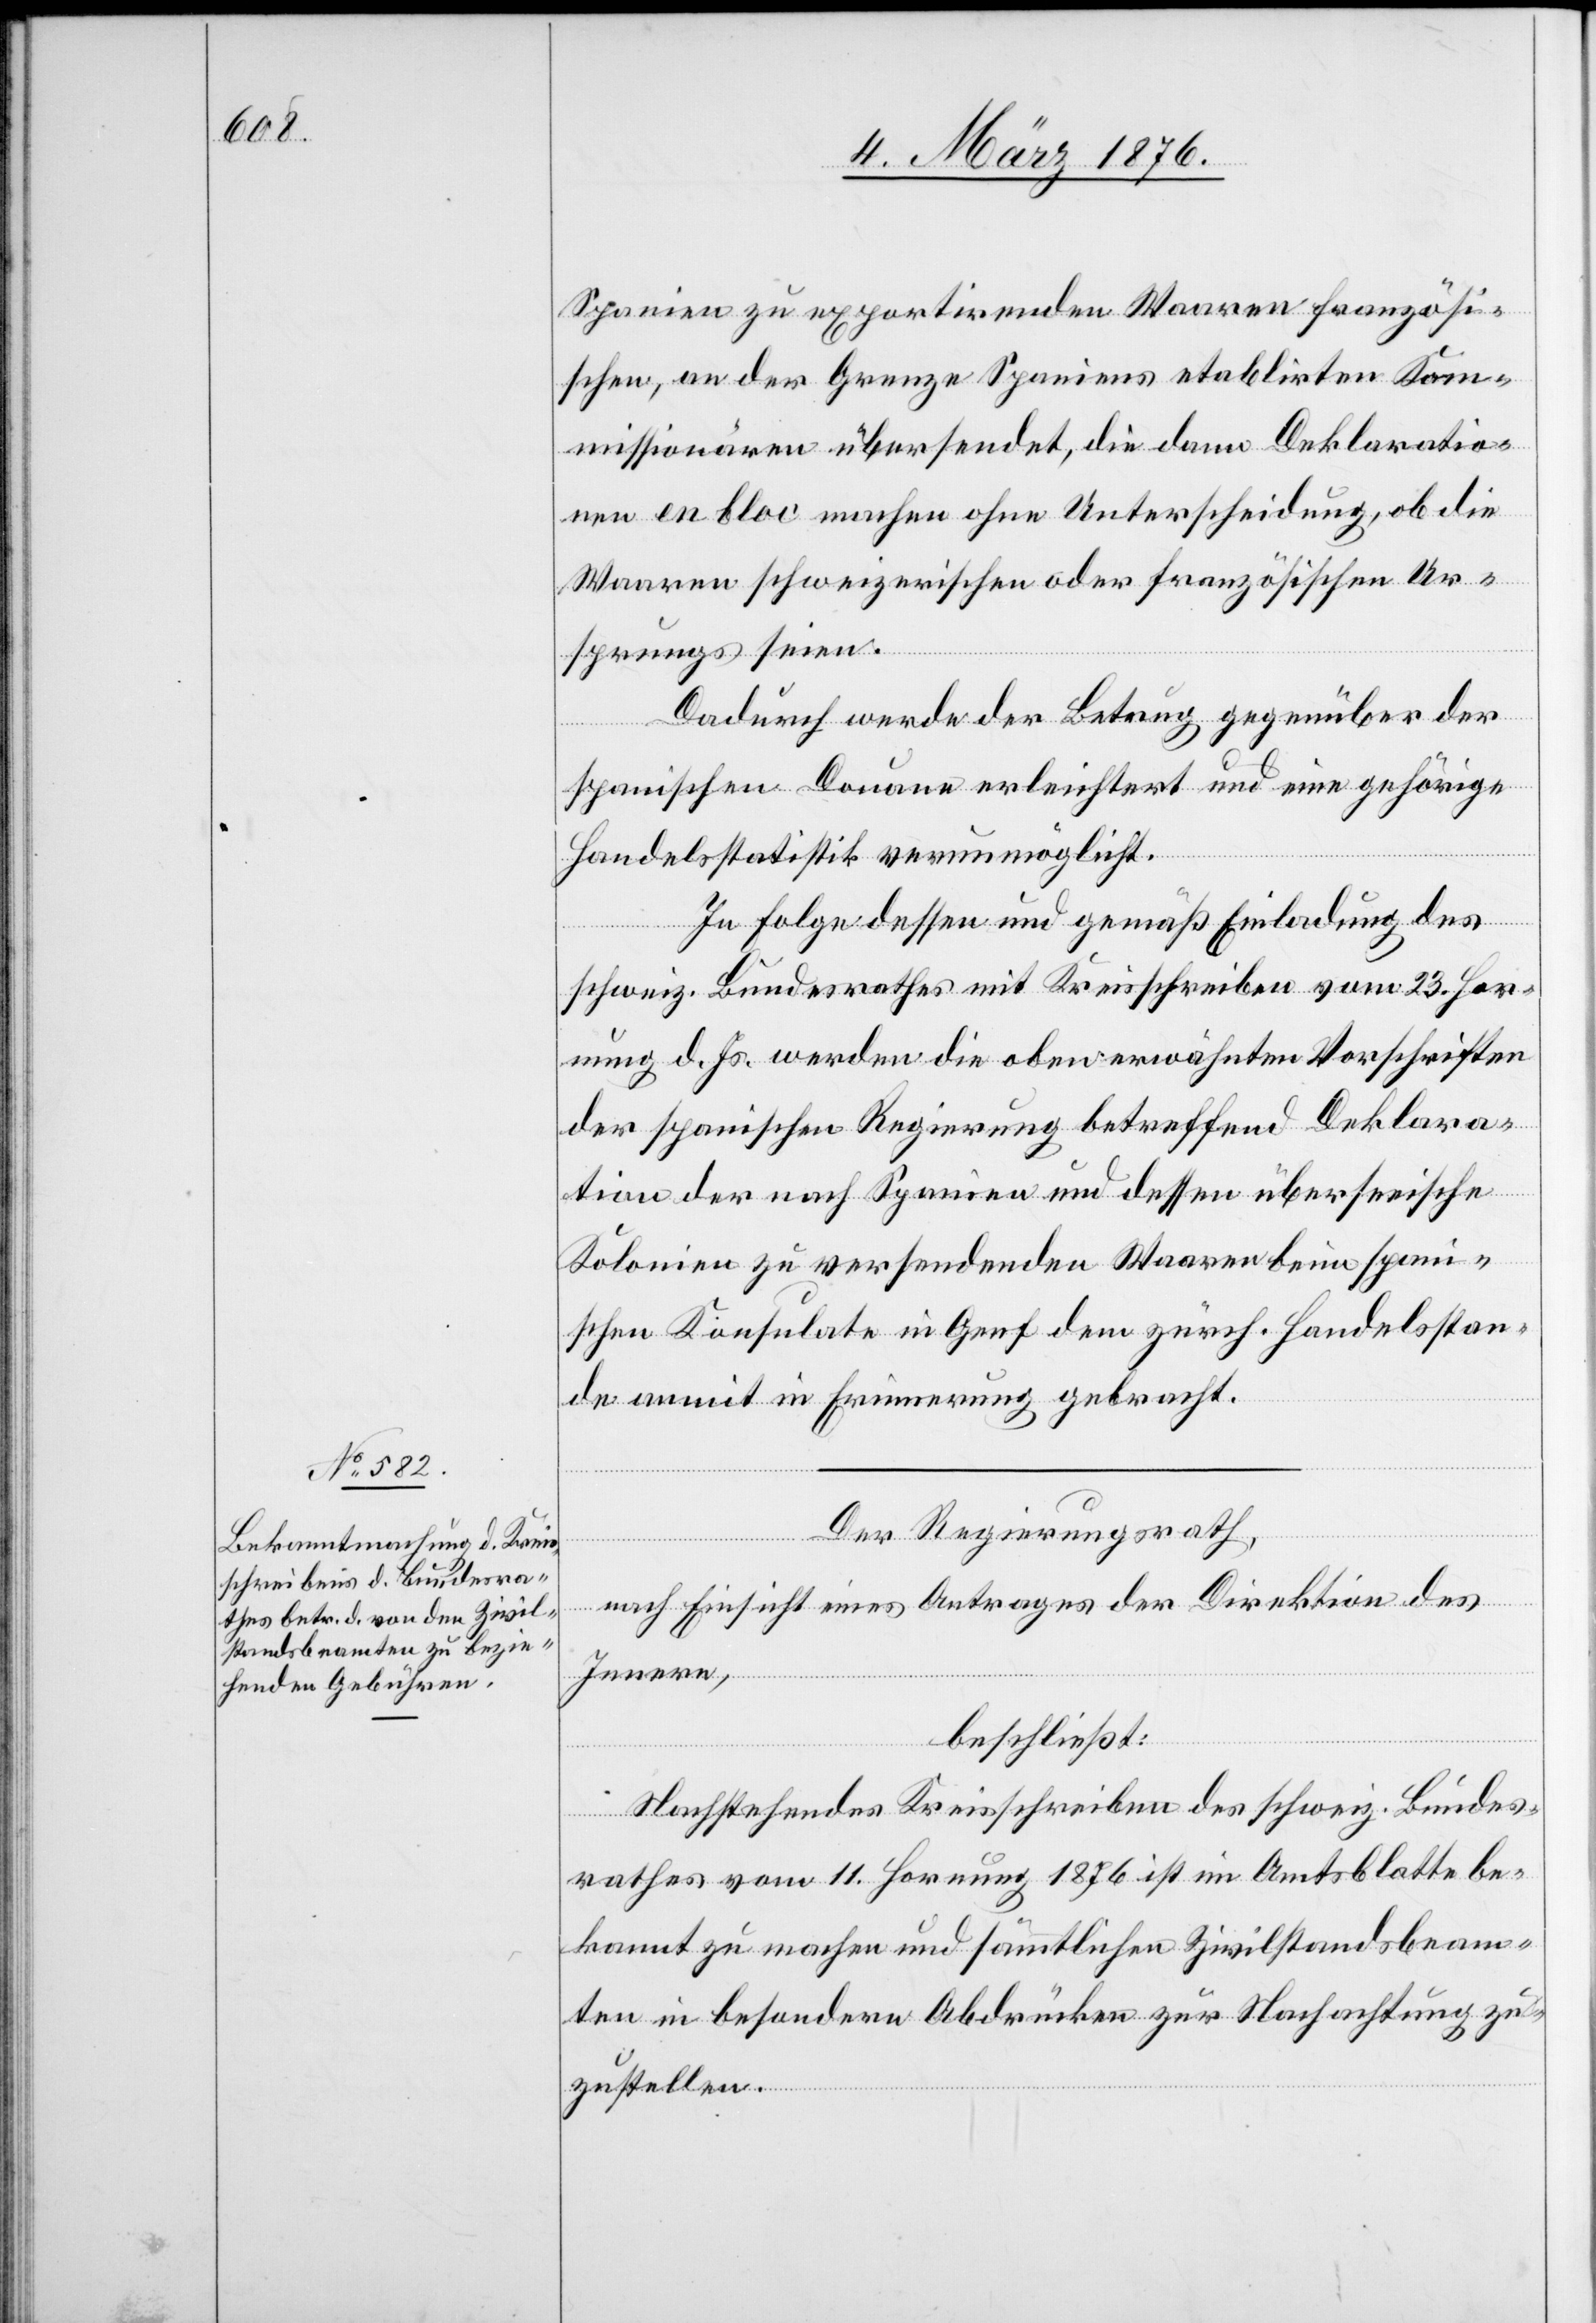
Spanien zu exportirenden Waaren französi¬
schen, an der Grenze Spaniens etablirten Kom¬
missionären übersendet, die dann Deklaratio¬
nen en bloc machen ohne Unterscheidung, ob die
Waaren schweizerischen oder französischen Ur¬
sprungs seien.
Dadurch werde der Betrug gegenüber der
spanischen Douane erleichtert und eine gehörige
Handelsstatistik verunmöglicht.
In Folge dessen und gemäß Einladung des
schweiz. Bundesrathes mit Kreisschreiben vom 23. Hor¬
nung d. Js. werden die oben erwähnten Vorschriften
der spanischen Regierung betreffend Deklara¬
tion der nach Spanien und dessen überseeische
Kolonien zu versendenden Waaren beim spani¬
schen Konsulate in Genf dem zürch. Handelsstan¬
de anmit in Erinnerung gebracht.
Der Regierungsrath,
nach Einsicht eines Antrages der Direktion des
Innern,
beschließt:
Nachstehendes Kreisschreiben des schweiz. Bundes¬
rathes vom 11. Hornung 1876 ist im Amtsblatte be¬
kannt zu machen und sämtlichen Zivilstandsbeam¬
ten in besondern Abdrücken zur Nachachtung zu¬
zustellen.